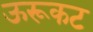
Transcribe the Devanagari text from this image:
ऊरूकट